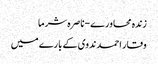
زندہ محاورے-ناصرہ شرما
وقار احمد ندوی کے بارے میں